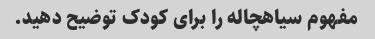
مفهوم سیاهچاله را برای کودک توضیح دهید.